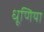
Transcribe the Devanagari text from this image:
धूणिया